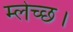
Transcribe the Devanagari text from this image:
म्लेच्छ।